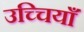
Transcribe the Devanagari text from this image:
उच्चियाँ